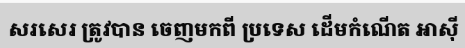
សរសេរ ត្រូវបាន ចេញមកពី ប្រទេស ដើមកំណើត អាស៊ី